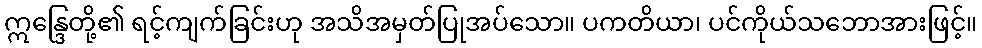
ဣန္ဒြေတို့၏ ရင့်ကျက်ခြင်းဟု အသိအမှတ်ပြုအပ်သော။ ပကတိယာ၊ ပင်ကိုယ်သဘောအားဖြင့်။